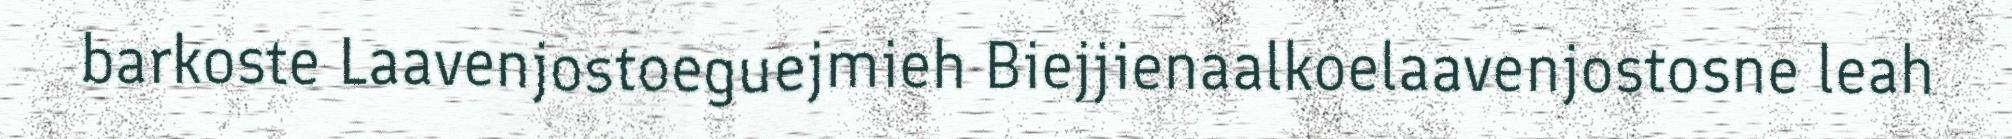
barkoste Laavenjostoeguejmieh Biejjienaalkoelaavenjostosne leah